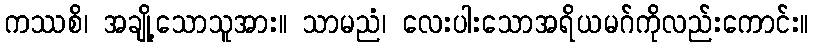
ကဿစိ၊ အချို့သောသူအား။ သာမညံ၊ လေးပါးသောအရိယမဂ်ကိုလည်းကောင်း။